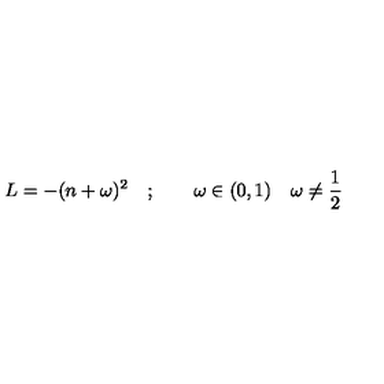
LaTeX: L = - ( n + \omega ) ^ { 2 } \quad ; \qquad \omega \in ( 0 , 1 ) \quad \omega \neq \frac { 1 } { 2 }